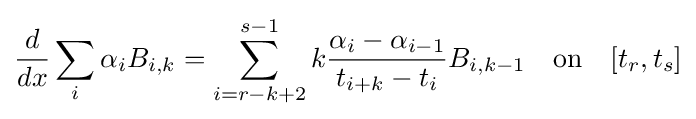
{\frac {d}{dx}}\sum _{i}\alpha _{i}B_{i,k}=\sum _{i=r-k+2}^{s-1}k{\frac {\alpha _{i}-\alpha _{i-1}}{t_{i+k}-t_{i}}}B_{i,k-1}\quad {\text{on}}\quad [t_{r},t_{s}]